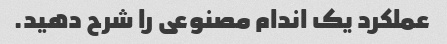
عملکرد یک اندام مصنوعی را شرح دهید.